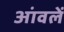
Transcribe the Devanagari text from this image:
आंवलें